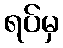
ရပ်မှ